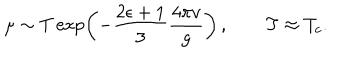
LaTeX: \mu \sim T \exp \left( - \frac { 2 \epsilon + 1 } 3 \frac { 4 \pi v } g \right) \, , \qquad T \approx T _ { c } .